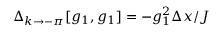
\Delta _ { k \to - \pi } [ g _ { 1 } , g _ { 1 } ] = - g _ { 1 } ^ { 2 } \Delta x / J